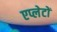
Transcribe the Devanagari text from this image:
एप्लेटों